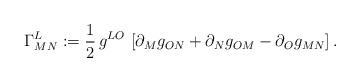
LaTeX: \begin{align*}\Gamma^{L}_{M N} : = \frac{1}{2} \, g^{LO} \,\left[\partial_{M} g_{O N} +\partial_{N} g_{O M} - \partial_{O} g_{M N}\right].\end{align*}